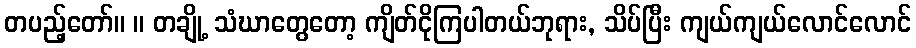
တပည့်တော်။ ။ တချို့ သံဃာတွေတော့ ကျိတ်ငိုကြပါတယ်ဘုရား, သိပ်ပြီး ကျယ်ကျယ်လောင်လောင်